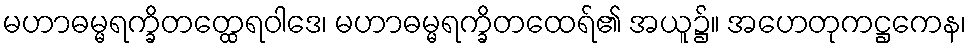
မဟာဓမ္မရက္ခိတတ္ထေရဝါဒေ၊ မဟာဓမ္မရက္ခိတထေရ်၏ အယူ၌။ အဟေတုကဋ္ဌကေန၊